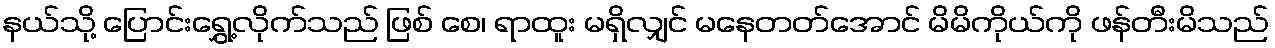
နယ်သို့ ပြောင်းရွှေ့လိုက်သည် ဖြစ် စေ၊ ရာထူး မရှိလျှင် မနေတတ်အောင် မိမိကိုယ်ကို ဖန်တီးမိသည်